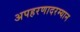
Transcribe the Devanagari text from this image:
अपहरणादरम्यान